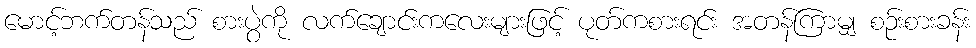
မောင့်ဘက်တန်သည် စားပွဲကို လက်ချောင်းကလေးများဖြင့် ပုတ်ကစားရင်း အတန်ကြာမျှ စဉ်းစားခန်း